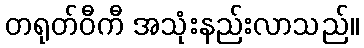
တရုတ်ဝီကီ အသုံးနည်းလာသည်။